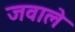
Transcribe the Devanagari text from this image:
जवाले